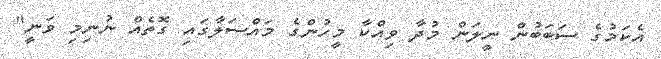
އެކަމުގެ ސަބަބުން ނީލަން މުދާ ވިއްކާ މީހުންގެ މައްސަލާގައި ގޮތެއް ނުނިމި ވަނީ"